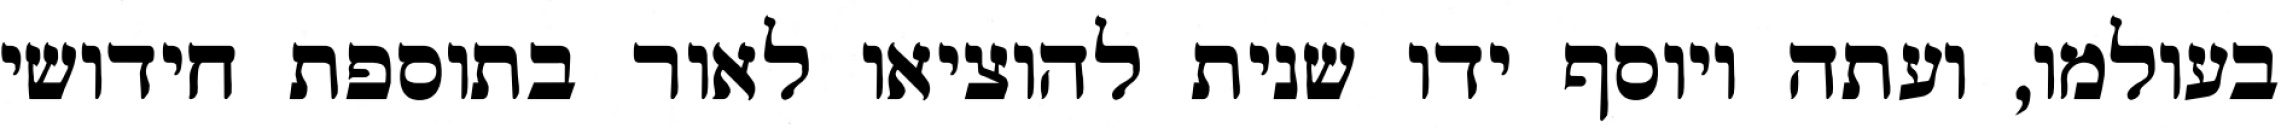
בעולמו, ועתה ויוסף ידו שנית להוציאו לאור בתוספת חידושי